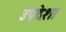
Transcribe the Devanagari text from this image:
उपदेशा